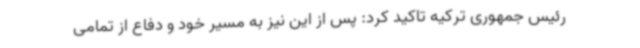
رئیس جمهوری ترکیه تاکید کرد: پس از این نیز به مسیر خود و دفاع از تمامی